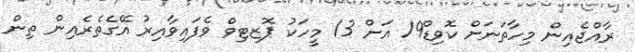
ރާއްޖެއިން މިހާތަނަށް ކޮވިޑް19 އަށް 13 މީހަކު ޕޮޒިޓިވް ވެފައިވާއިރު އޭގެތެރެއިން ތިން